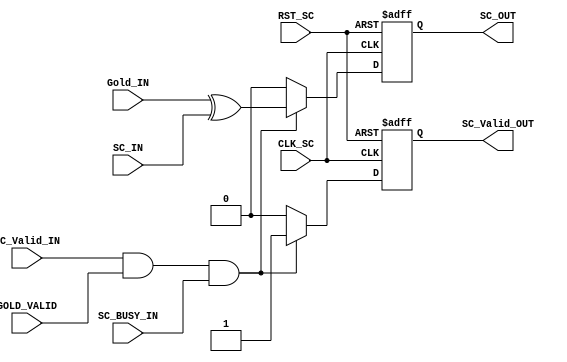
module Scrambler(
    
    input wire CLK_SC , 
    input wire RST_SC , 
    input wire SC_IN , // input bit from interleaver
    input wire GOLD_VALID , //Valid signal from PR_Gen 
    input wire SC_BUSY_IN , 
    input wire SC_Valid_IN, // from interleaver
    input wire Gold_IN ,  // input of PR_Gen
    output reg SC_OUT ,  // Output bit
    output reg SC_Valid_OUT //Valid Signal output to Modualtion mapper
);

always @ (posedge CLK_SC or negedge RST_SC) begin 

    if(!RST_SC) begin
        SC_Valid_OUT <= 'b0 ; 
        SC_OUT <= 0 ; 
    end   
    else if(SC_Valid_IN && GOLD_VALID && SC_BUSY_IN) begin 
            SC_OUT <= Gold_IN ^ SC_IN ;
            SC_Valid_OUT <= 1'b1 ; 
    end
    else begin 
        SC_OUT <= 0 ; 
        SC_Valid_OUT <= 'b0 ; 

    end   

end

endmodule